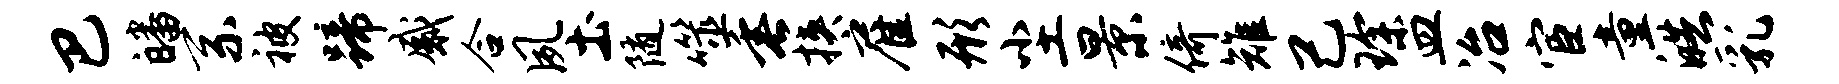
巴皤系被蹄感合夙土随噬垂挟雇形尘景倚雉己琛皿冶宦童皓乳